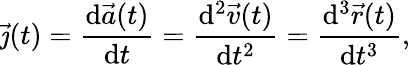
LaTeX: {\vec{\jmath}}(t)={\frac{\mathrm{d}{\vec{a}}(t)}{\mathrm{d}t}}={\frac{\mathrm{d}^{2}{\vec{v}}(t)}{\mathrm{d}t^{2}}}={\frac{\mathrm{d}^{3}{\vec{r}}(t)}{\mathrm{d}t^{3}}},